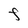
Character: F